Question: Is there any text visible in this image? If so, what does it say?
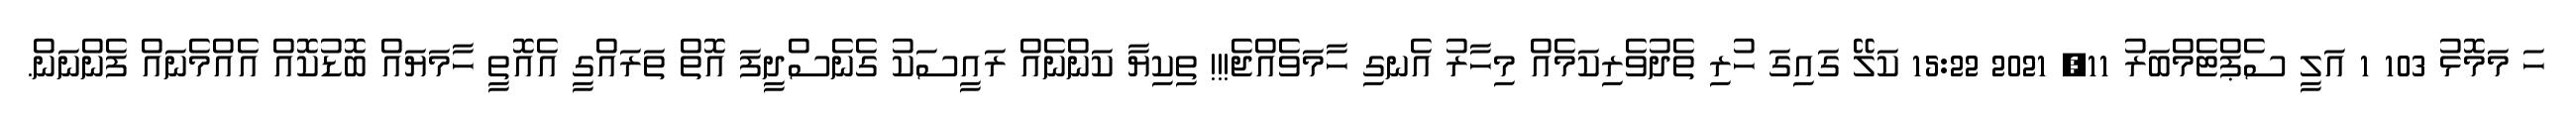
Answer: ހަ މަމޮޅު 103 1 އަލީ ސެޕްޓެމްބަރު 11, 2021 15:22 ކަލޭ ގައިގަ ހުރި ތެދުވެރިކަމެއް މިހާރު އެނގި ހާމަވެއްޖެ!!! ތިކިޔާ ކަންނެއް ރައީސަކު ގެނެސްދީފަ އޮތް ތަރައްގީ އެއޮތީ ހާމަޔައް ބޮޑުކޮއް އެއްމެނައް ފެންނަން.